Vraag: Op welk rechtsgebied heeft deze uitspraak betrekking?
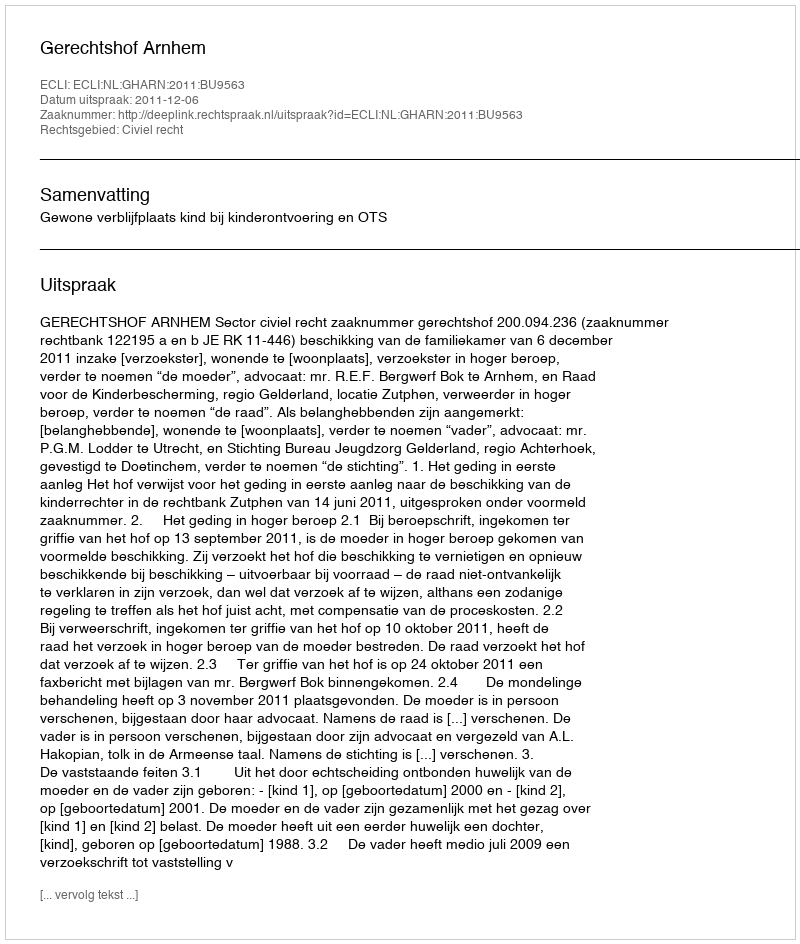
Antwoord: Civiel recht